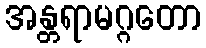
အန္တရာမဂ္ဂတော